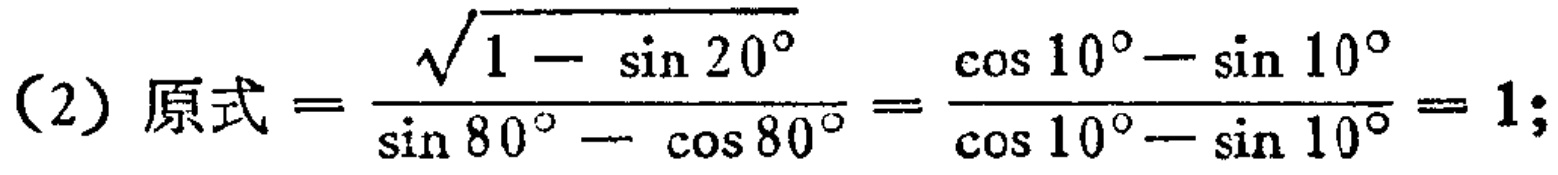
(2) 原式$=\frac{\sqrt{1 - \sin 20^{\circ}}}{\sin 80^{\circ} - \cos 80^{\circ}}=\frac{\cos 10^{\circ}-\sin 10^{\circ}}{\cos 10^{\circ}-\sin 10^{\circ}} = 1;$